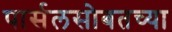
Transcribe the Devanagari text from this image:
पार्सलसोबतच्या